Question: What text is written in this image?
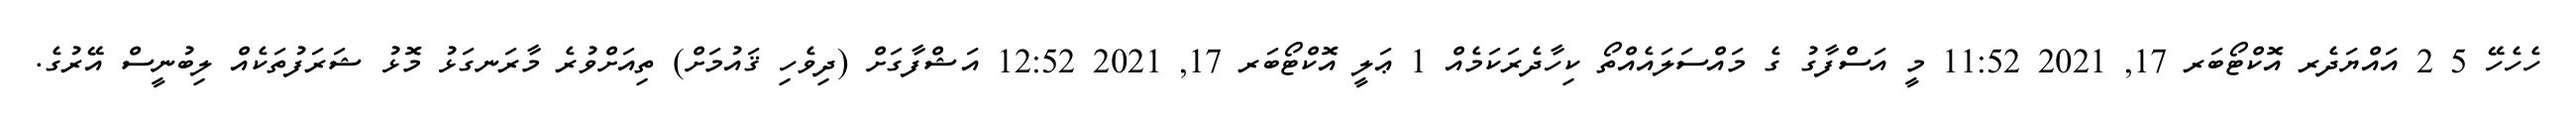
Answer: ހެހެހޭ 5 2 އައްޔަދެރ އޮކްޓޯބަރ 17, 2021 11:52 މީ އަސްފާގު ގެ މައްސަލައެއްތޯ ކިހާދެރަކަމެއް 1 ޢަލީ އޮކްޓޯބަރ 17, 2021 12:52 އަޝްފާގަށް (ދިވެހި ޤައުމަށް) ތިއަށްވުރެ މާރަނގަޅު މޮޅު ޝަރަފުތަކެއް ލިބުނީސް އޭރުގެ.